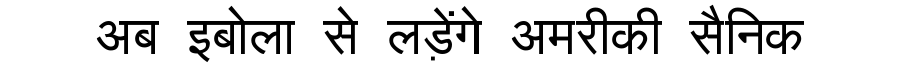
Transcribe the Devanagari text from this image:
अब इबोला से लड़ेंगे अमरीकी सैनिक